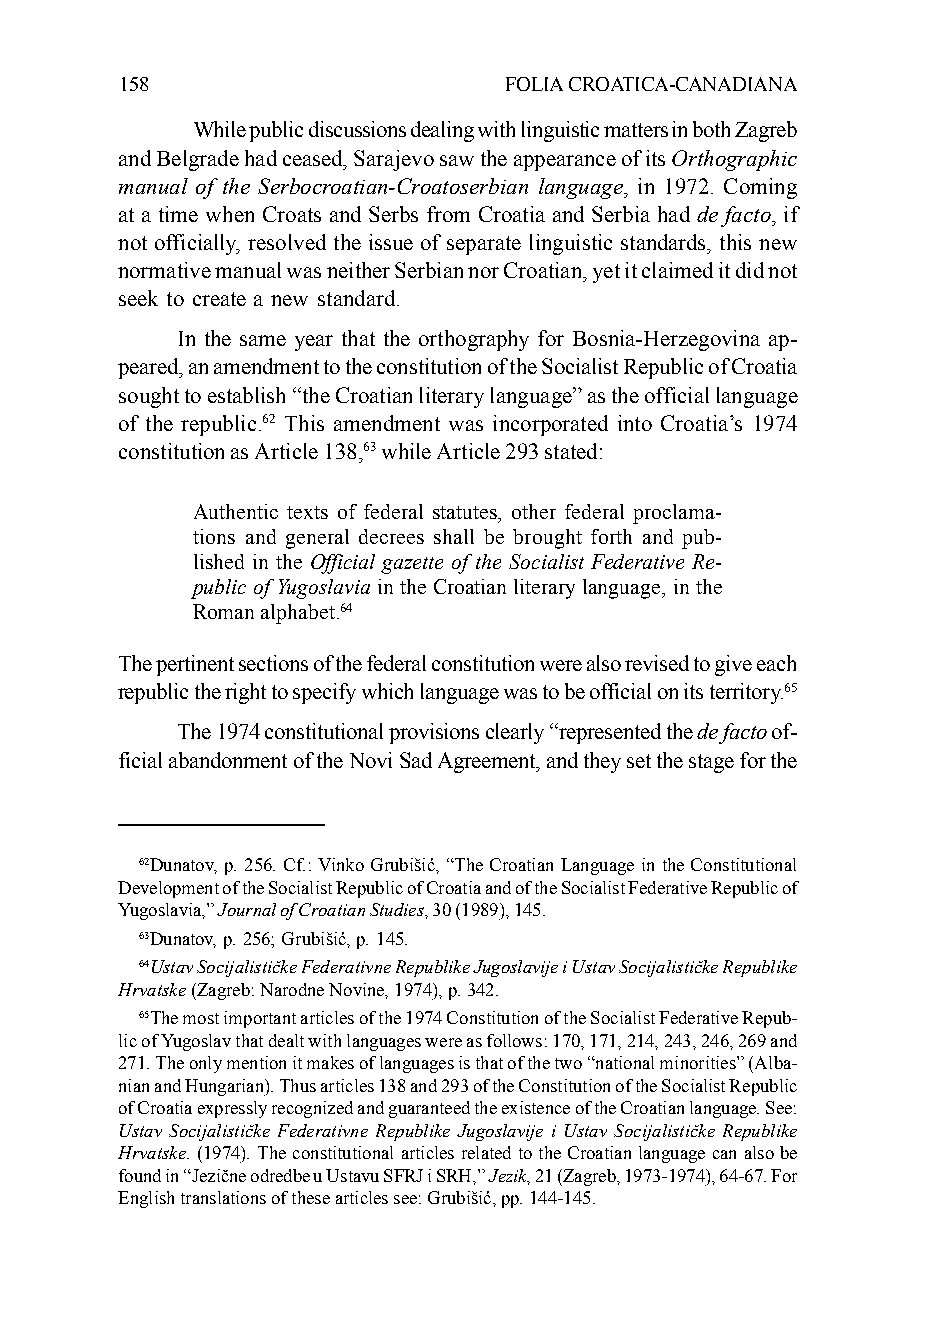
158                      FOLIA CROATICA-CANADIANA
 While public discussions dealing with linguistic matters in both Zagreb
 and Belgrade had ceased, Sarajevo saw the appearance of its Orthographic
 manual of the Serbocroatian-Croatoserbian language, in 1972. Coming
 at a time when Croats and Serbs from Croatia and Serbia had de facto, if
 not officially, resolved the issue of separate linguistic standards, this new
 normative manual was neither Serbian nor Croatian, yet it claimed it did not
 seek to create a new standard.
 In the same year that the orthography for Bosnia-Herzegovina ap-
 peared, an amendment to the constitution of the Socialist Republic of Croatia
 sought to establish “the Croatian literary language” as the official language
 of the republic.62 This amendment was incorporated into Croatia’s 1974
 constitution as Article 138,63 while Article 293 stated:
 Authentic texts of federal statutes, other federal proclama-
 tions and general decrees shall be brought forth and pub-
 lished in the Official gazette of the Socialist Federative Re-
 public of Yugoslavia in the Croatian literary language, in the
 Roman alphabet.64
 The pertinent sections of the federal constitution were also revised to give each
 republic the right to specify which language was to be official on its territory.65
 The 1974 constitutional provisions clearly “represented the de facto of-
 ficial abandonment of the Novi Sad Agreement, and they set the stage for the
 62Dunatov, p. 256. Cf.: Vinko Grubišić, “The Croatian Language in the Constitutional
 Development of the Socialist Republic of Croatia and of the Socialist Federative Republic of
 Yugoslavia,” Journal of Croatian Studies, 30 (1989), 145.
 63Dunatov, p. 256; Grubišić, p. 145.
 64Ustav Socijalističke Federativne Republike Jugoslavije i Ustav Socijalističke Republike
 Hrvatske (Zagreb: Narodne Novine, 1974), p. 342.
 65The most important articles of the 1974 Constitution of the Socialist Federative Repub-
 lic of Yugoslav that dealt with languages were as follows: 170, 171, 214, 243, 246, 269 and
 271. The only mention it makes of languages is that of the two “national minorities” (Alba-
 nian and Hungarian). Thus articles 138 and 293 of the Constitution of the Socialist Republic
 of Croatia expressly recognized and guaranteed the existence of the Croatian language. See:
 Ustav Socijalističke Federativne Republike Jugoslavije i Ustav Socijalističke Republike
 Hrvatske. (1974). The constitutional articles related to the Croatian language can also be
 found in “Jezične odredbe u Ustavu SFRJ i SRH,” Jezik, 21 (Zagreb, 1973-1974), 64-67. For
 English translations of these articles see: Grubišić, pp. 144-145.